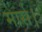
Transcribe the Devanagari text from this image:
मार्स।